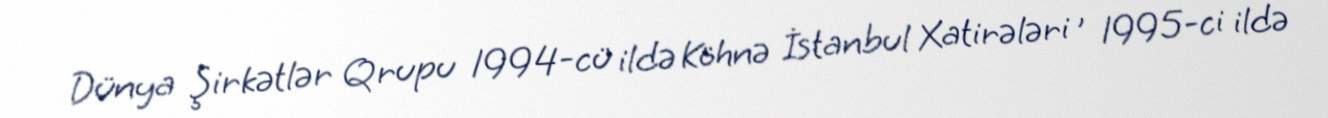
Dünya Şirkətlər Qrupu 1994-cü ildə Köhnə İstanbul Xatirələri , 1995-ci ildə